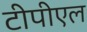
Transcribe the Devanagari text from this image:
टीपीएल